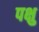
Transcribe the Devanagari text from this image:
पक्षु